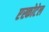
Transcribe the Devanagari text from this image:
एस्कोटेल